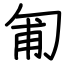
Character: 匍